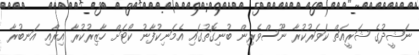
ނަޝީދުގެ ޝަރީއަތް ކަވަރުކުރާ ނޫސްވެރިން ބުނިގޮތުގައި އެމަނިކުފާނު ކޯޓަށް ހާޒިރުކުރާ އިރާއި އަނބުރާ